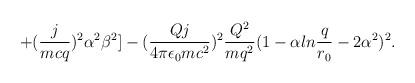
LaTeX: \begin{align*}+({j\over{mcq}})^2\alpha^2\beta^2]-({{Qj}\over{4\pi\epsilon_0mc^2}})^2{{Q^2}\over{mq^2}}(1-\alpha ln{q\over{r_0}}-2\alpha^2)^2.\end{align*}